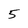
Character: 5